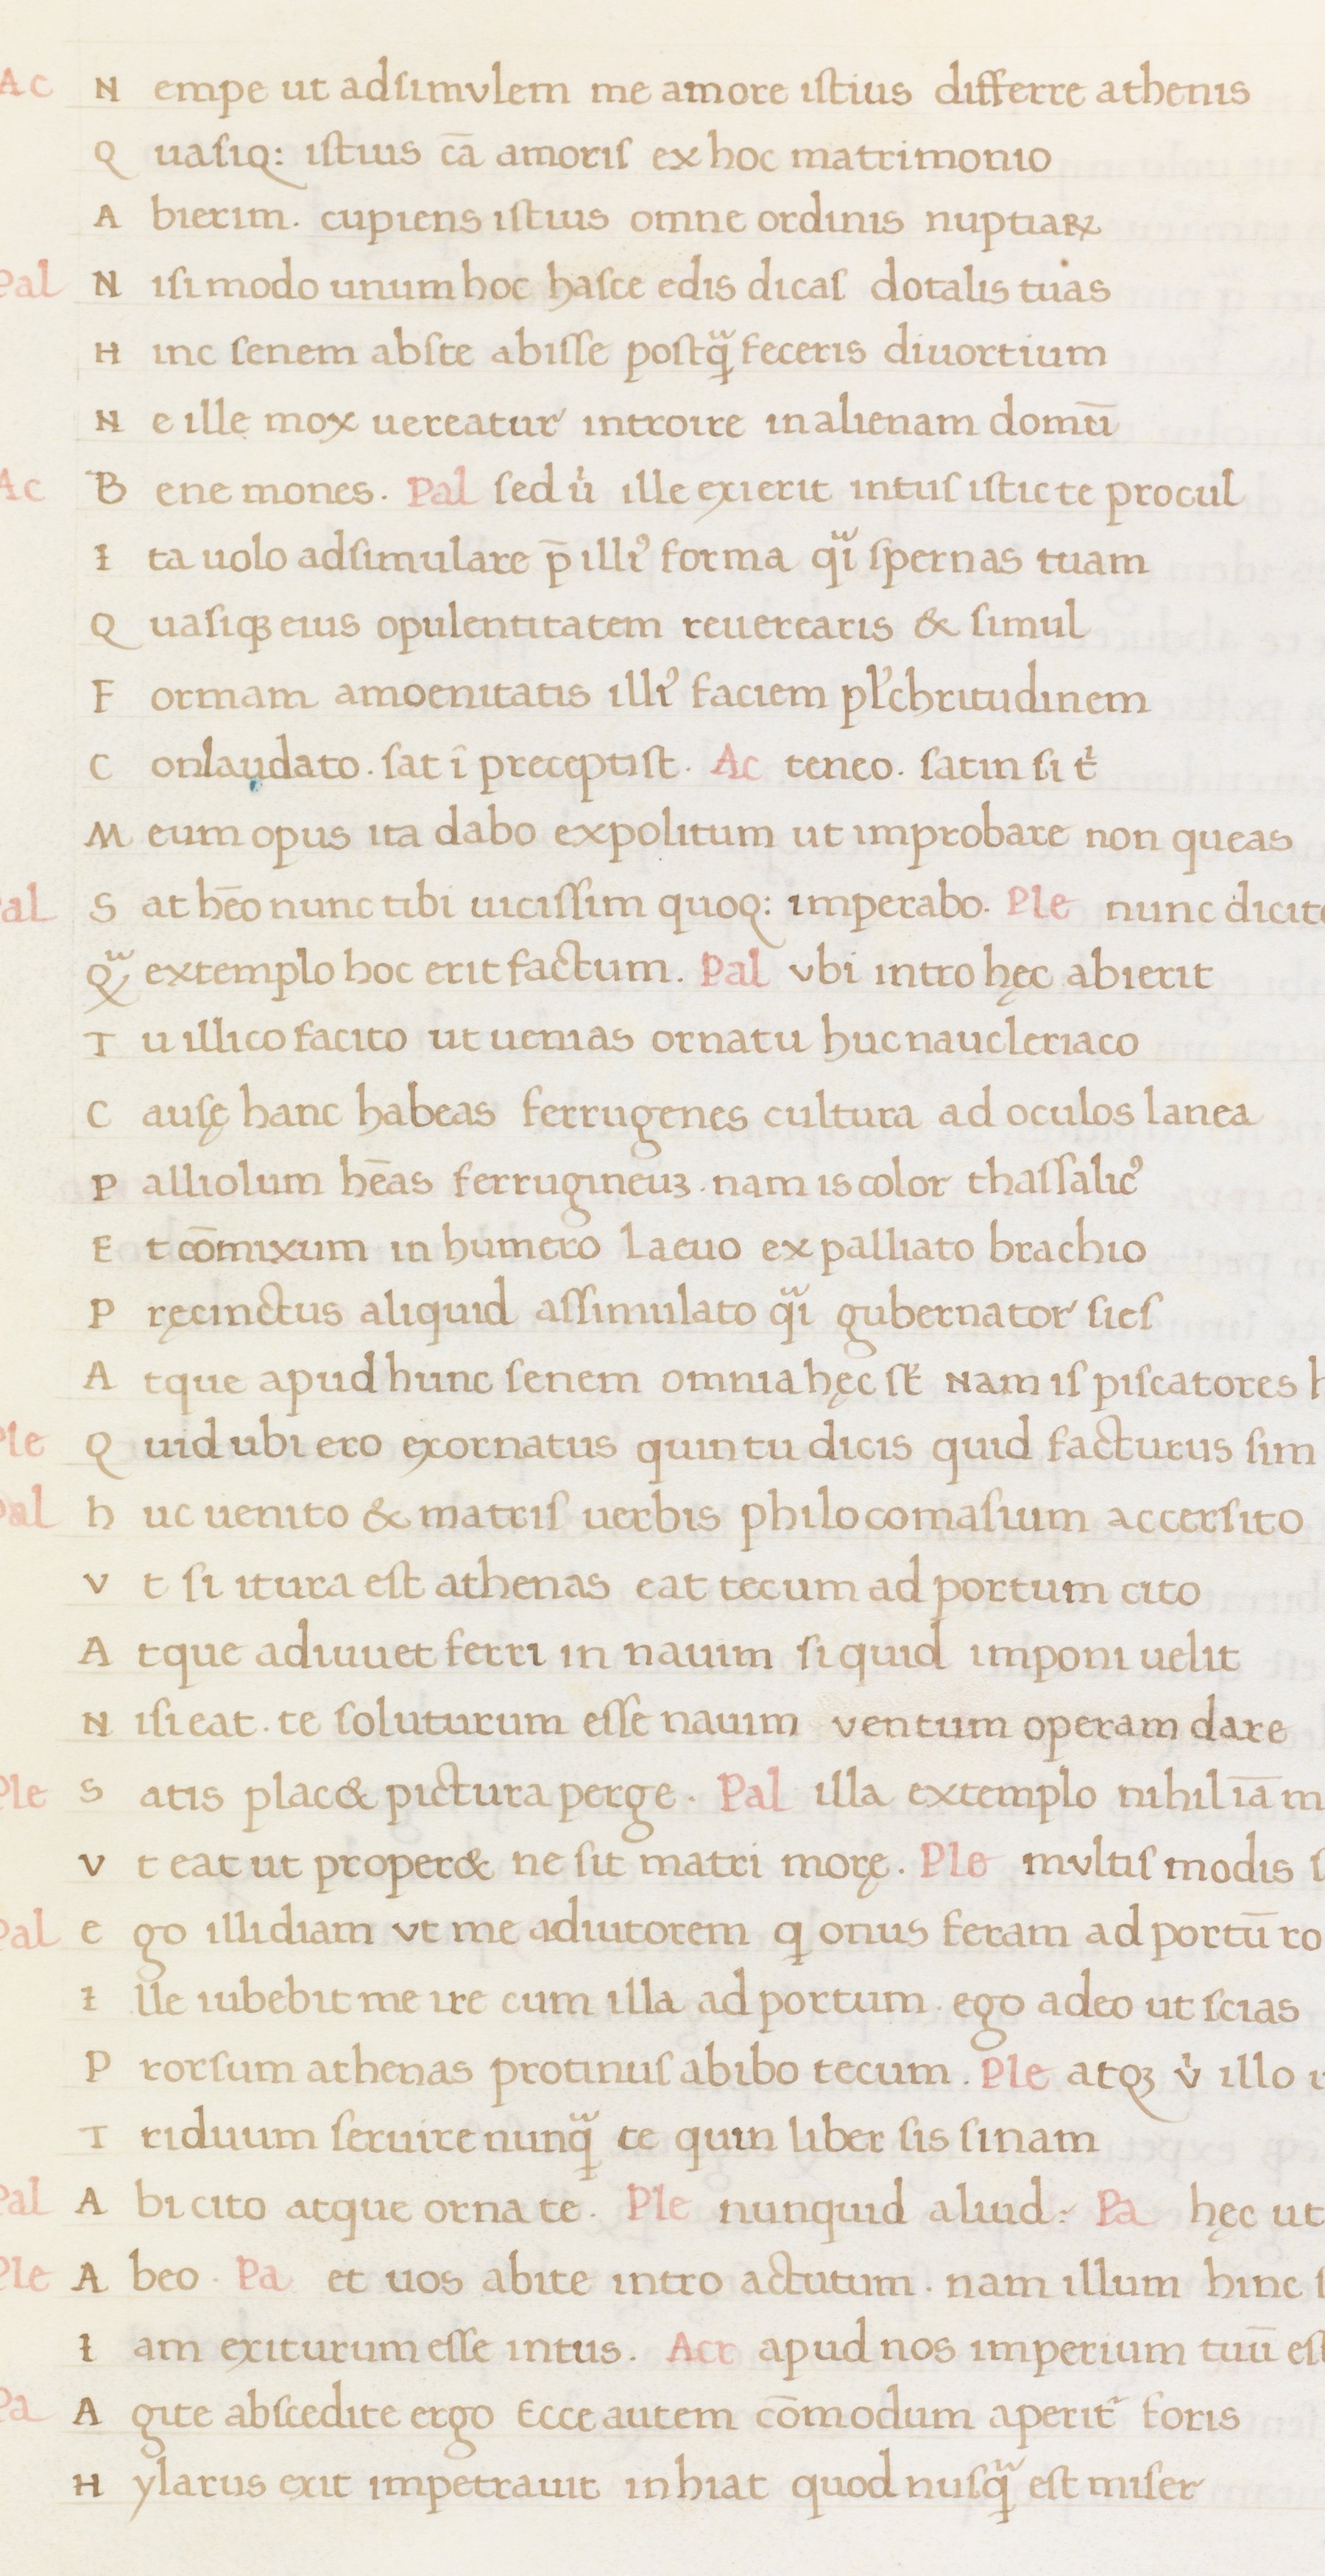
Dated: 1400–1499